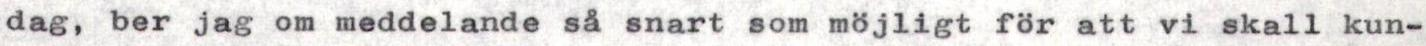
dag, ber jag om meddelande så snart som möjligt för att vi skall kun-